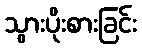
သွားပိုးစားခြင်း